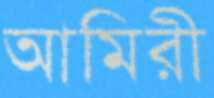
আমিরী